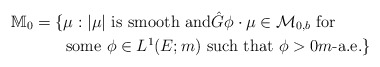
\begin{align*} \mathbb M_0&=\{\mbox{$\mu:|\mu|$ is smooth and$\hat{G}\phi\cdot\mu\in\mathcal{M}_{0,b}$ for}\\&\qquad\mbox{some $\phi\in L^1(E;m)$ such that $\phi>0$$m$-a.e.}\}\end{align*}